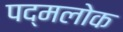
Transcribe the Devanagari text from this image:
पद्मलोक